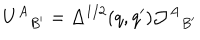
{ U ^ { A } } _ { B ^ { \prime } } = \Delta ^ { 1 / 2 } ( q , q ^ { \prime } ) { \mathcal { J } ^ { A } } _ { B ^ { \prime } }